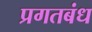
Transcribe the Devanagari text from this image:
प्रगतबंध